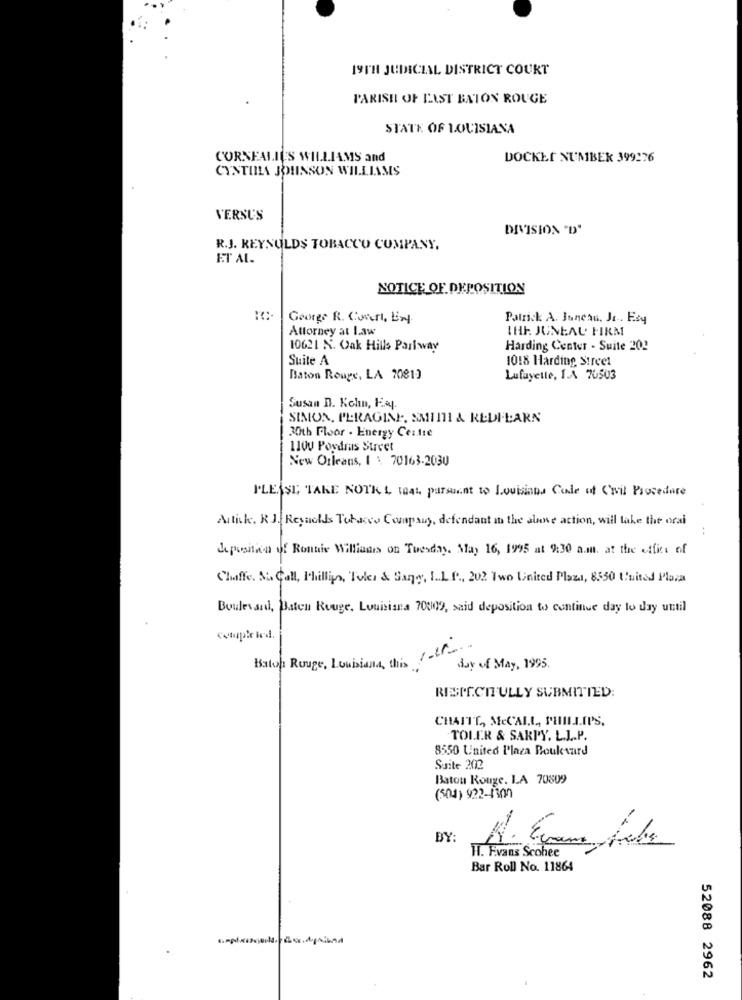
19TH JUDICIAL DISTRICT COURT
PARISH OF LAST BATON ROUGE
STATE OF LOUISIANA
CORNEALILS WILLIAMS and
DOCKET NUMBER 399276
CYNTINA JOHNSON WILLIAMS
VERSUS
DIVISION "D'
R.J. REYNOLDS TOBACCO COMPANY,
ET AL.
NOTICE OF DEPOSITION
George R. Corri, Ext.
Patrick A. Juneau, Jr ., Esq
Attorney at Law
IHF. JUNEAL FIRM
10621 N. Oak Hills Parkway
Harding Center - Suite 20!
Suite A
1018 Harding Street
Baton Rouge, LA 70813
Lufayette, I.A 70503
Susan D. Kohn, Esq.
SIMON, PERAGINE, SMINI & REDI.LARN
30th Floor . Energy Centre
1100 Pordras Street
New Orleans, I \ 70163-2030
PLEASE TAKE NOTE 4 1044 parsuant to Louisiana Code of Civil Procedure
Artick. R J. Reynolds Tobacco Company, defendant in the above action, will take the oral
deposition of Ronnie Williams on Tuesday, May 16, 1995 at 9:30 a.m. at the office of
Chaffe. S. Call, Phillip, Toler & Sangy, I.L.P ., 202 Two United Plaza, 8550 United Plaza
Boulevard, Baton Rouge, Louisiana 70009, said deposition to continue day to day until
Baton Rouge, Louisiana, this str
day of May, 1995.
RESPECTFULLY SUBMITTED:
CHAITE, MCCALL, PHILLIPS.
TOLER & SARPY. L.L.P.
8550 United Plaza Boulevard
Suite 202
Baton Rouge. LA 70809
(504) 922-130
BY
HI. Evans Scohee
Bar Roll No. 11864
52088 2962